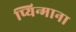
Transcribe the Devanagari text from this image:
प्यिन्माना